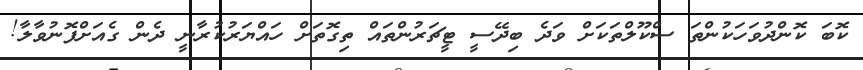
ކޮބަ ކޮންދުވަހަކުންތަ ސްކޫލްތަކަށް ވަދެ ބިދޭސީ ޓީޗަރުންތައް ތިގޮތަށް ހައްޔަރުކުރާނީ ދެން ގެއަށްފޮނުވާލާ!